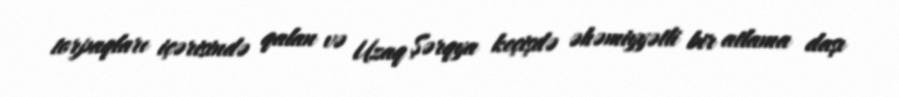
torpaqları içərisində qalan və Uzaq Şərqya keçişdə əhəmiyyətli bir atlama daşı